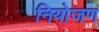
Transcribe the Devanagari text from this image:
नियोजण